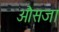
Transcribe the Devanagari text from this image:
औसजा